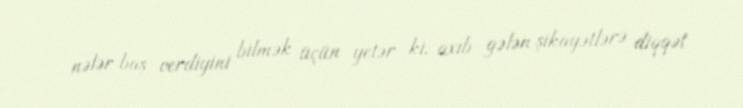
nələr baş verdiyini bilmək üçün yetər ki, axıb gələn şikayətlərə diqqət